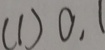
( 1 ) 0 . 1